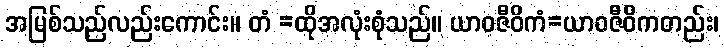
အမြစ်သည်လည်းကောင်း။ တံ =ထိုအလုံးစုံသည်။ ယာဝဇီဝိကံ=ယာဝဇီဝိကတည်း၊